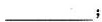
___﹔